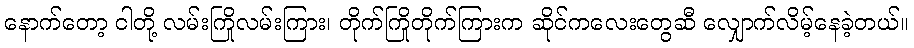
နောက်တော့ ငါတို့ လမ်းကြိုလမ်းကြား၊ တိုက်ကြိုတိုက်ကြားက ဆိုင်ကလေးတွေဆီ လျှောက်လိမ့်နေခဲ့တယ်။